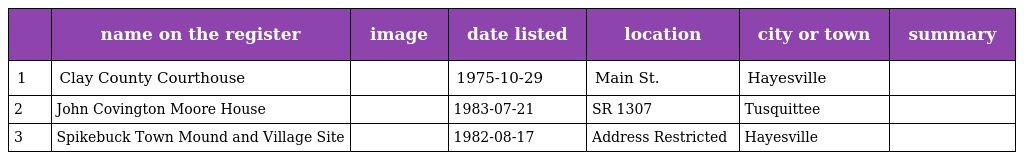
|  | name on the register | image | date listed | location | city or town | summary |
 | --- | --- | --- | --- | --- | --- | --- |
 | 1 | Clay County Courthouse |  | 1975-10-29 | Main St. | Hayesville |  |
 | 2 | John Covington Moore House |  | 1983-07-21 | SR 1307 | Tusquittee |  |
 | 3 | Spikebuck Town Mound and Village Site |  | 1982-08-17 | Address Restricted | Hayesville |  |